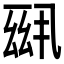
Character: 𪜆